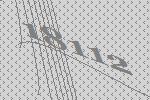
18112